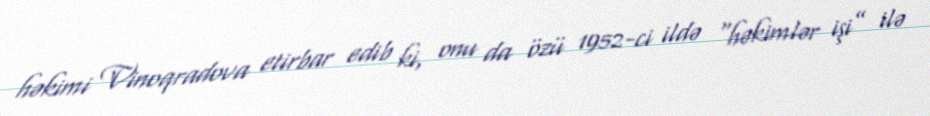
həkimi Vinoqradova etirbar edib ki, onu da özü 1952-ci ildə “həkimlər işi” ilə